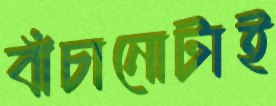
বাঁচানোটাই